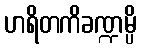
ဟရိတကိခဏ္ဍမ္ပိ